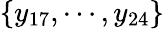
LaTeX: \{ y_{17},\cdots,y_{24}\}